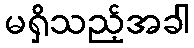
မရှိသည့်အခါ